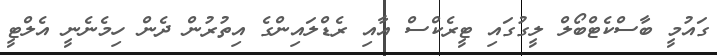
ގައުމީ ބާސްކެޓްބޯލް ލީގުގައި ޓީރެކްސް އާއި ރެޑްލައިންގެ އިތުރުން ދެން ހިމެނެނީ އެލްޓީ